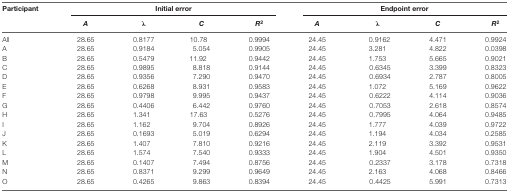
<table><thead><tr><td><b>Participant</b></td><td colspan="4"><b>Initial error</b></td><td colspan="4"><b>Endpoint error</b></td></tr><tr><td></td><td><b><i>A</i></b></td><td><b><i>λ</i></b></td><td><b><i>C</i></b></td><td><b><i>R</i><sup>2</sup></b></td><td><b><i>A</i></b></td><td><b><i>λ</i></b></td><td><b><i>C</i></b></td><td><b><i>R</i><sup>2</sup></b></td></tr></thead><tbody><tr><td>All</td><td>28.65</td><td>0.8177</td><td>10.78</td><td>0.9994</td><td>24.45</td><td>0.9162</td><td>4.471</td><td>0.9924</td></tr><tr><td>A</td><td>28.65</td><td>0.9184</td><td>5.054</td><td>0.9905</td><td>24.45</td><td>3.281</td><td>4.822</td><td>0.0398</td></tr><tr><td>B</td><td>28.65</td><td>0.5479</td><td>11.92</td><td>0.9442</td><td>24.45</td><td>1.753</td><td>5.665</td><td>0.9021</td></tr><tr><td>C</td><td>28.65</td><td>0.9895</td><td>8.818</td><td>0.9144</td><td>24.45</td><td>0.6345</td><td>3.399</td><td>0.8323</td></tr><tr><td>D</td><td>28.65</td><td>0.9356</td><td>7.290</td><td>0.9470</td><td>24.45</td><td>0.6934</td><td>2.787</td><td>0.8005</td></tr><tr><td>E</td><td>28.65</td><td>0.6268</td><td>8.931</td><td>0.9583</td><td>24.45</td><td>1.072</td><td>5.169</td><td>0.9622</td></tr><tr><td>F</td><td>28.65</td><td>0.9798</td><td>9.995</td><td>0.9437</td><td>24.45</td><td>0.6222</td><td>4.114</td><td>0.9036</td></tr><tr><td>G</td><td>28.65</td><td>0.4406</td><td>6.442</td><td>0.9760</td><td>24.45</td><td>0.7053</td><td>2.618</td><td>0.8574</td></tr><tr><td>H</td><td>28.65</td><td>1.341</td><td>17.63</td><td>0.5276</td><td>24.45</td><td>0.7995</td><td>4.064</td><td>0.9485</td></tr><tr><td>I</td><td>28.65</td><td>1.162</td><td>9.704</td><td>0.8926</td><td>24.45</td><td>1.777</td><td>4.039</td><td>0.9722</td></tr><tr><td>J</td><td>28.65</td><td>0.1693</td><td>5.019</td><td>0.6294</td><td>24.45</td><td>1.194</td><td>4.034</td><td>0.2585</td></tr><tr><td>K</td><td>28.65</td><td>1.407</td><td>7.810</td><td>0.9216</td><td>24.45</td><td>2.119</td><td>3.392</td><td>0.9531</td></tr><tr><td>L</td><td>28.65</td><td>1.574</td><td>7.540</td><td>0.9333</td><td>24.45</td><td>1.904</td><td>4.501</td><td>0.9350</td></tr><tr><td>M</td><td>28.65</td><td>0.1407</td><td>7.494</td><td>0.8756</td><td>24.45</td><td>0.2337</td><td>3.178</td><td>0.7318</td></tr><tr><td>N</td><td>28.65</td><td>0.8371</td><td>9.299</td><td>0.9649</td><td>24.45</td><td>2.163</td><td>4.068</td><td>0.8466</td></tr><tr><td>O</td><td>28.65</td><td>0.4265</td><td>9.863</td><td>0.8394</td><td>24.45</td><td>0.4425</td><td>5.991</td><td>0.7313</td></tr></tbody></table>